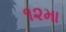
૧૨મા